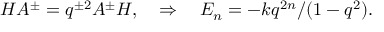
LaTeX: H A ^ { \pm } = q ^ { \pm 2 } A ^ { \pm } H , \quad \Rightarrow \quad E _ { n } = - k q ^ { 2 n } / ( 1 - q ^ { 2 } ) .